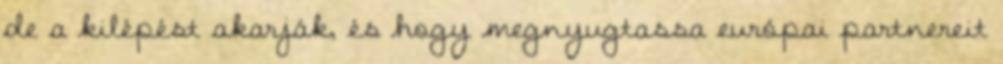
de a kilépést akarják, és hogy megnyugtassa európai partnereit